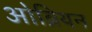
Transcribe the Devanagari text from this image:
ओब्रियन